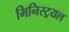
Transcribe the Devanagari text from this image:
मिनिस्ट्रयल